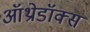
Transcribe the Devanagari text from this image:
ऑथ्रोडॉक्स